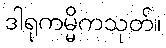
ဒါရုကမ္မိကသုတ်။